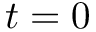
t = 0